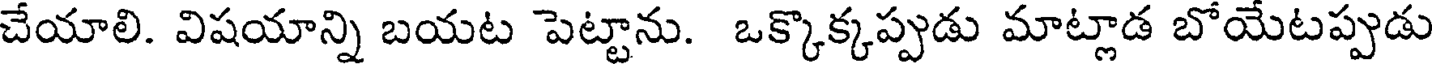
చేయాలి. విషయాన్ని బయట పెట్టాను. ఒక్కొక్కప్పుడు మాట్లాడ బోయేటప్పడు